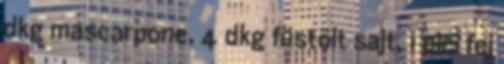
dkg mascarpone, 4 dkg füstölt sajt, 1 pici fej